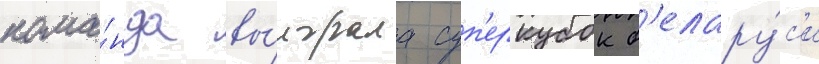
кома́нда вы́играла суп'еркубок б'елару́с'и